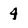
Character: 4